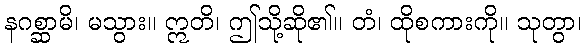
နဂစ္ဆာမိ၊ မသွား။ ဣတိ၊ ဤသို့ဆို၏။ တံ၊ ထိုစကားကို။ သုတွာ၊